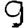
Digit: 9